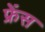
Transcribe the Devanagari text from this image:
फ्रेंस